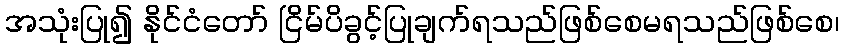
အသုံးပြု၍ နိုင်ငံတော် ငြိမ်ပိခွင့်ပြုချက်ရသည်ဖြစ်စေမရသည်ဖြစ်စေ၊